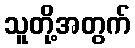
သူတို့အတွက်